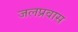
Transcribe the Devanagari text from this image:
जलप्रवास